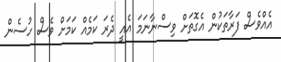
އެއްވެސް ފަރާތަކުން އެގޮތަށް ވިސްނާނަމަ އެއީ ދެރަ ކަމެއް ކަމަށް ވެސް ހުސެން